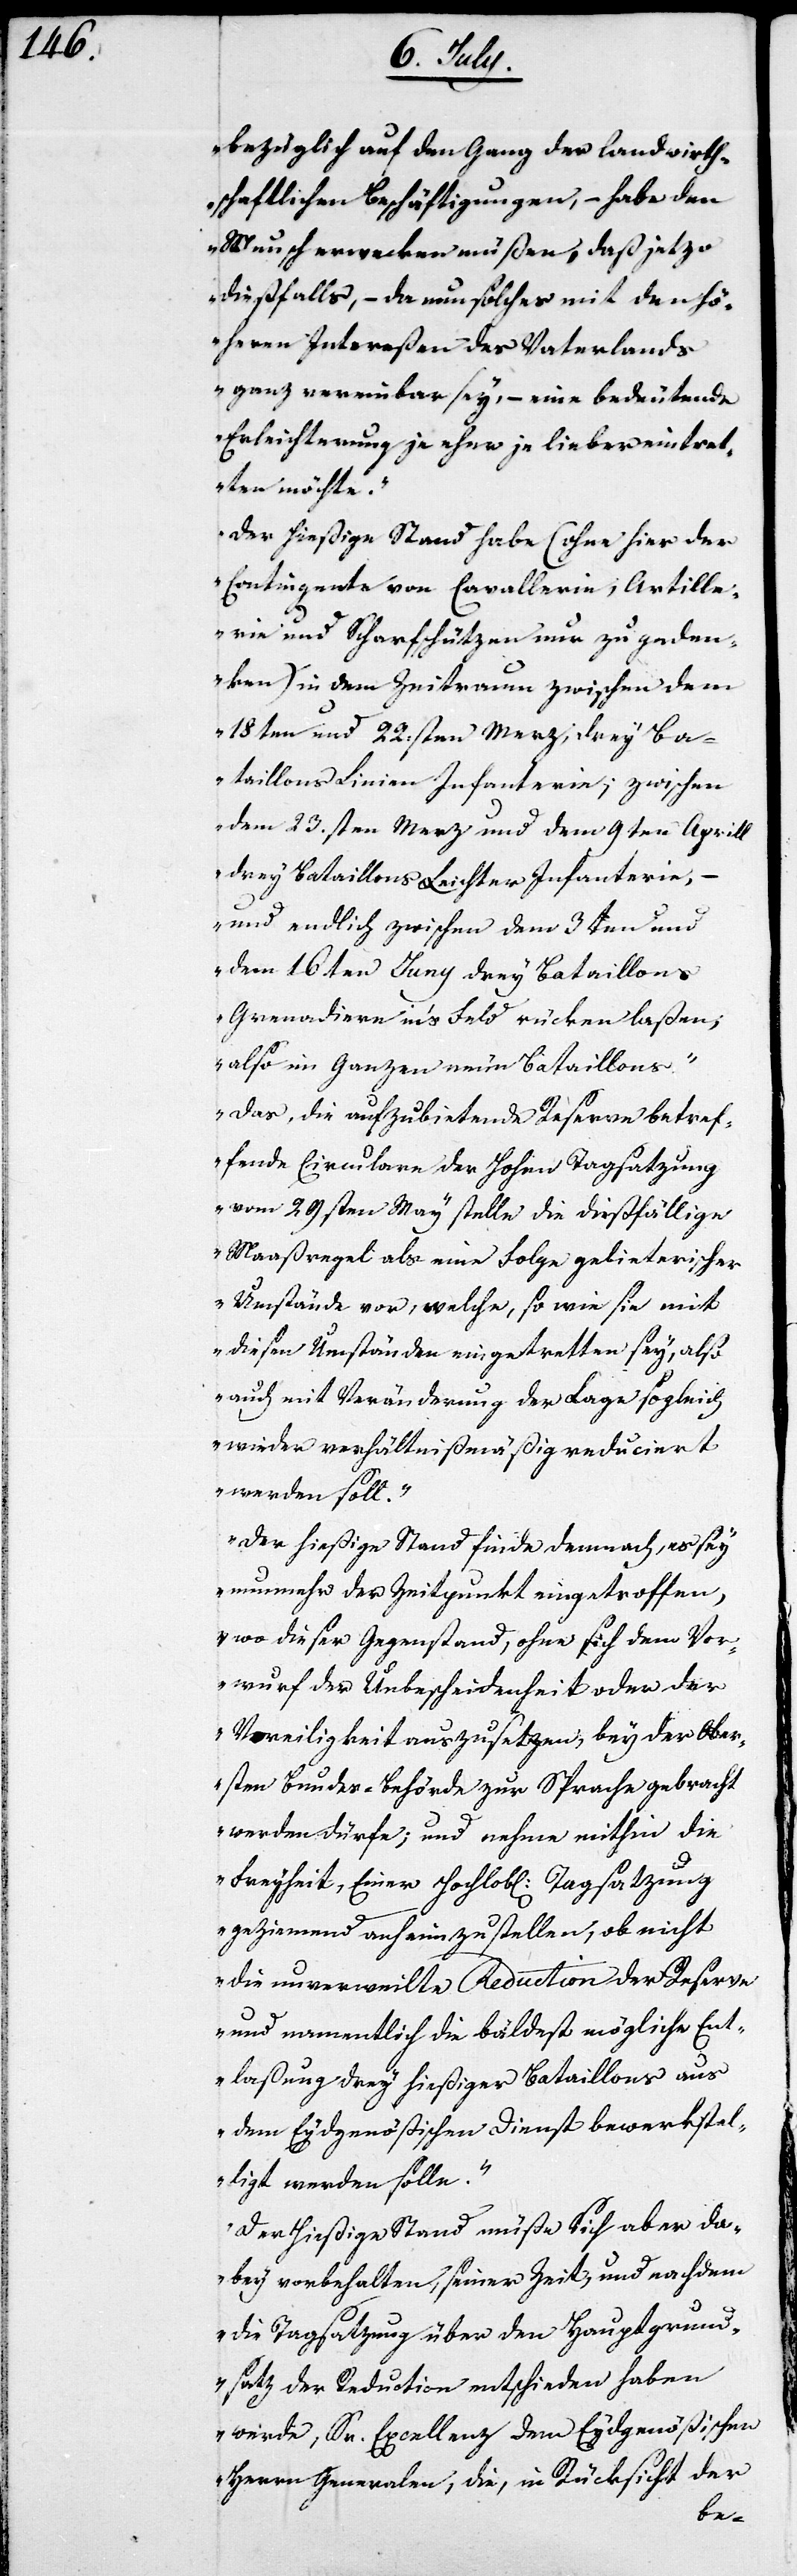
bezüglich auf den Gang der landwirth¬
schaftlichen Beschäftigungen, – habe den
Wunsch erwecken müßen, daß jetzo
dießfalls, – da nun solches mit den hö¬
heren Intereßen des Vaterlands
vereinbar sey, – eine bedeutende
Erleichterung je eher je lieber eintret¬
ten möchte.
Der hießige Stand habe (ohne hier der
Contingente von Cavallerie, Artille¬
rie und Scharfschützen nur zu geden¬
ken) in dem Zeitraum zwischen dem
18ten und 22.sten Merz, drey Ba¬
taillons Linien Infanterie; zwischen
dem 23.sten Merz und dem 9ten Aprill
drey Bataillons Leichter Infanterie, –
und endlich zwischen dem 3ten und
dem 16ten Juny drey Bataillons
Grenadiere ins Feld rücken laßen;
also im Ganzen neun Bataillons.
Das, die aufzubietende Reserve betref¬
fende Circulare der Hohen Tagsatzung
vom 29sten May stelle die dießfällige
Maaßregel als eine Folge gebieterischer
Umstände vor, welche, so wie sie mit
diesen Umständen eingetretten sey, also
auch mit Veränderung der Lage sogleich
wieder verhältnißmäßig reduciert
werden soll.
Der hießige Stand finde demnach, es sey
nunmehr der Zeitpunkt eingetroffen,
wo dieser Gegenstand, ohne sich dem Vor¬
wurf der Unbescheidenheit oder der
Voreiligkeit auszusetzen, bey der Er¬
sten Bundesbehörde zur Sprache gebracht
werden dürfe; und nehme mithin die
Freyheit, Einer Hochlob[lichen] Tagsatzung
geziemend anheimzustellen, ob nicht
die unverweilte Reduction der Reserve
und namentlich die bäldest mögliche Ent¬
laßung drey hießiger Bataillons aus
dem Eydgenößischen Dienst bewerkstel¬
ligt werden solle.
Der Hießige Stand müßte sich aber da¬
bey vorbehalten, seiner Zeit, und nachdem
die Tagsatzung über den Hauptgrund¬
satz der Reduction entschieden haben
werde, Se. Excellenz dem Eydgenößischen
Herrn Generalen, die, in Rücksicht der